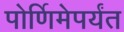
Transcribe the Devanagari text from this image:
पोर्णिमेपर्यंत